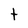
Character: t